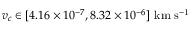
v _ { c } \in [ 4 . 1 6 \times 1 0 ^ { - 7 } , 8 . 3 2 \times 1 0 ^ { - 6 } ] \ \mathrm { k m \ s ^ { - 1 } }